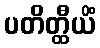
ပတိတ္ထီယိံ